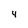
Character: 4